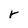
Character: r